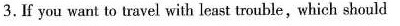
3.If you want to havel with least trouble , which should